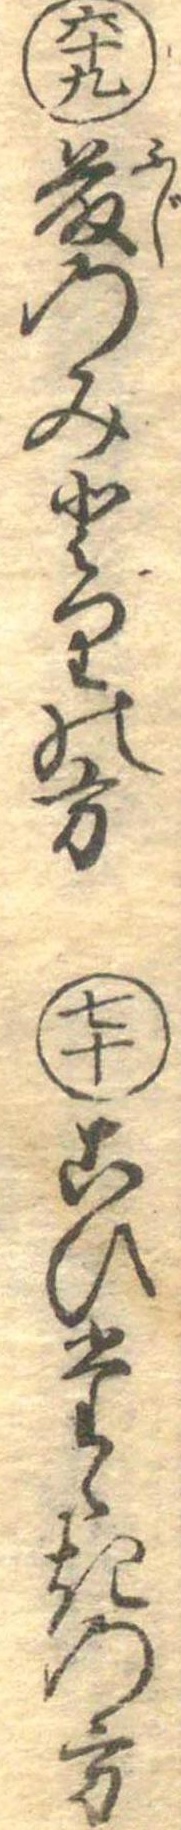
六十九藤のみとりの方七十こひたゝきの方